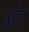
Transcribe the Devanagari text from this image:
आ॓र